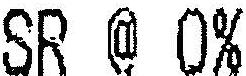
SR @ 0%